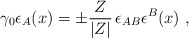
\begin{align*}\gamma_0\epsilon_A (x)=\pm \frac{Z}{|Z|}\,\epsilon_{AB} \epsilon^B(x)\ ,\end{align*}